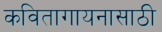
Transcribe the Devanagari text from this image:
कवितागायनासाठी